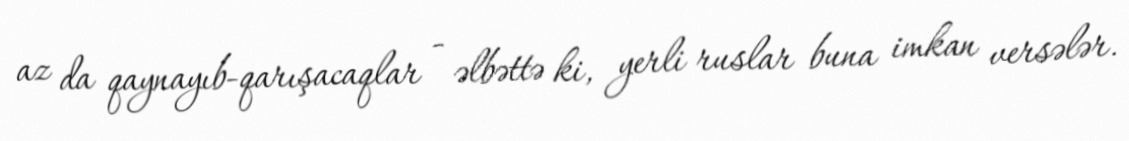
az da qaynayıb-qarışacaqlar - əlbəttə ki, yerli ruslar buna imkan versələr.